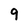
Character: 9